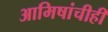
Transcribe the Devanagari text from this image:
आमिषांचीही